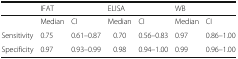
<table><thead><tr><td></td><td colspan="2"><b>IFAT</b></td><td colspan="2"><b>ELISA</b></td><td colspan="2"><b>WB</b></td></tr></thead><tbody><tr><td></td><td>Median</td><td>CI</td><td>Median</td><td>CI</td><td>Median</td><td>CI</td></tr><tr><td>Sensitivity</td><td>0.75</td><td>0.61–0.87</td><td>0.70</td><td>0.56–0.83</td><td>0.97</td><td>0.86–1.00</td></tr><tr><td>Specificity</td><td>0.97</td><td>0.93–0.99</td><td>0.98</td><td>0.94–1.00</td><td>0.99</td><td>0.96–1.00</td></tr></tbody></table>